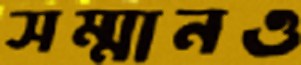
সম্মানও